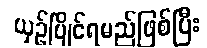
ယှဉ်ပြိုင်ရမည်ဖြစ်ပြီး